Annual statistical returns and brief notes on vaccination in Bengal - 1896-1909
Year: 1896
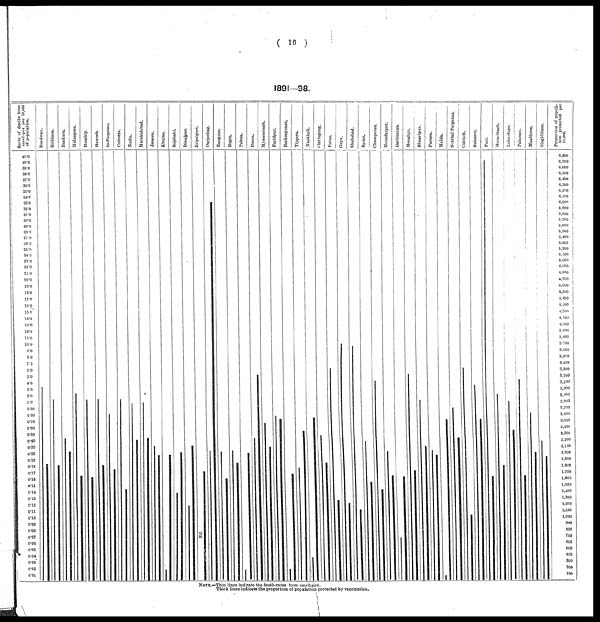
( 16 )
1891—98.
NOTE.—Thin lines indicate the death-rates from small-pox.
Thick lines indicate the proportion of populations protected by vaccination.